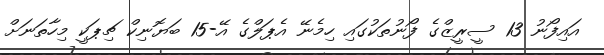
އައިފޯނު 13 ސީރީޒްގެ ފޯނުތަކުގައި ހިމެނޭ އެޕަލްގެ އޭ-15 ބަޔޮނިކް ޗިޕަކީ މިހާތަނަށް